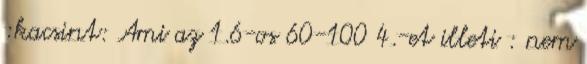
:kacsint: Ami az 1.6-os 60-100 4.-et illeti : nem